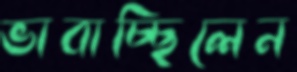
ভাবাচ্ছিলেন